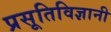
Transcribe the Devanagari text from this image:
प्रसूतिविज्ञानी